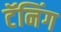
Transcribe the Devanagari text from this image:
टॅनिंग